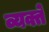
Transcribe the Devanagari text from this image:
व्यक्ते